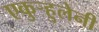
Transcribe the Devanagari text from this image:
एकुर्‍हुलेनी